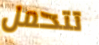
تتحمل